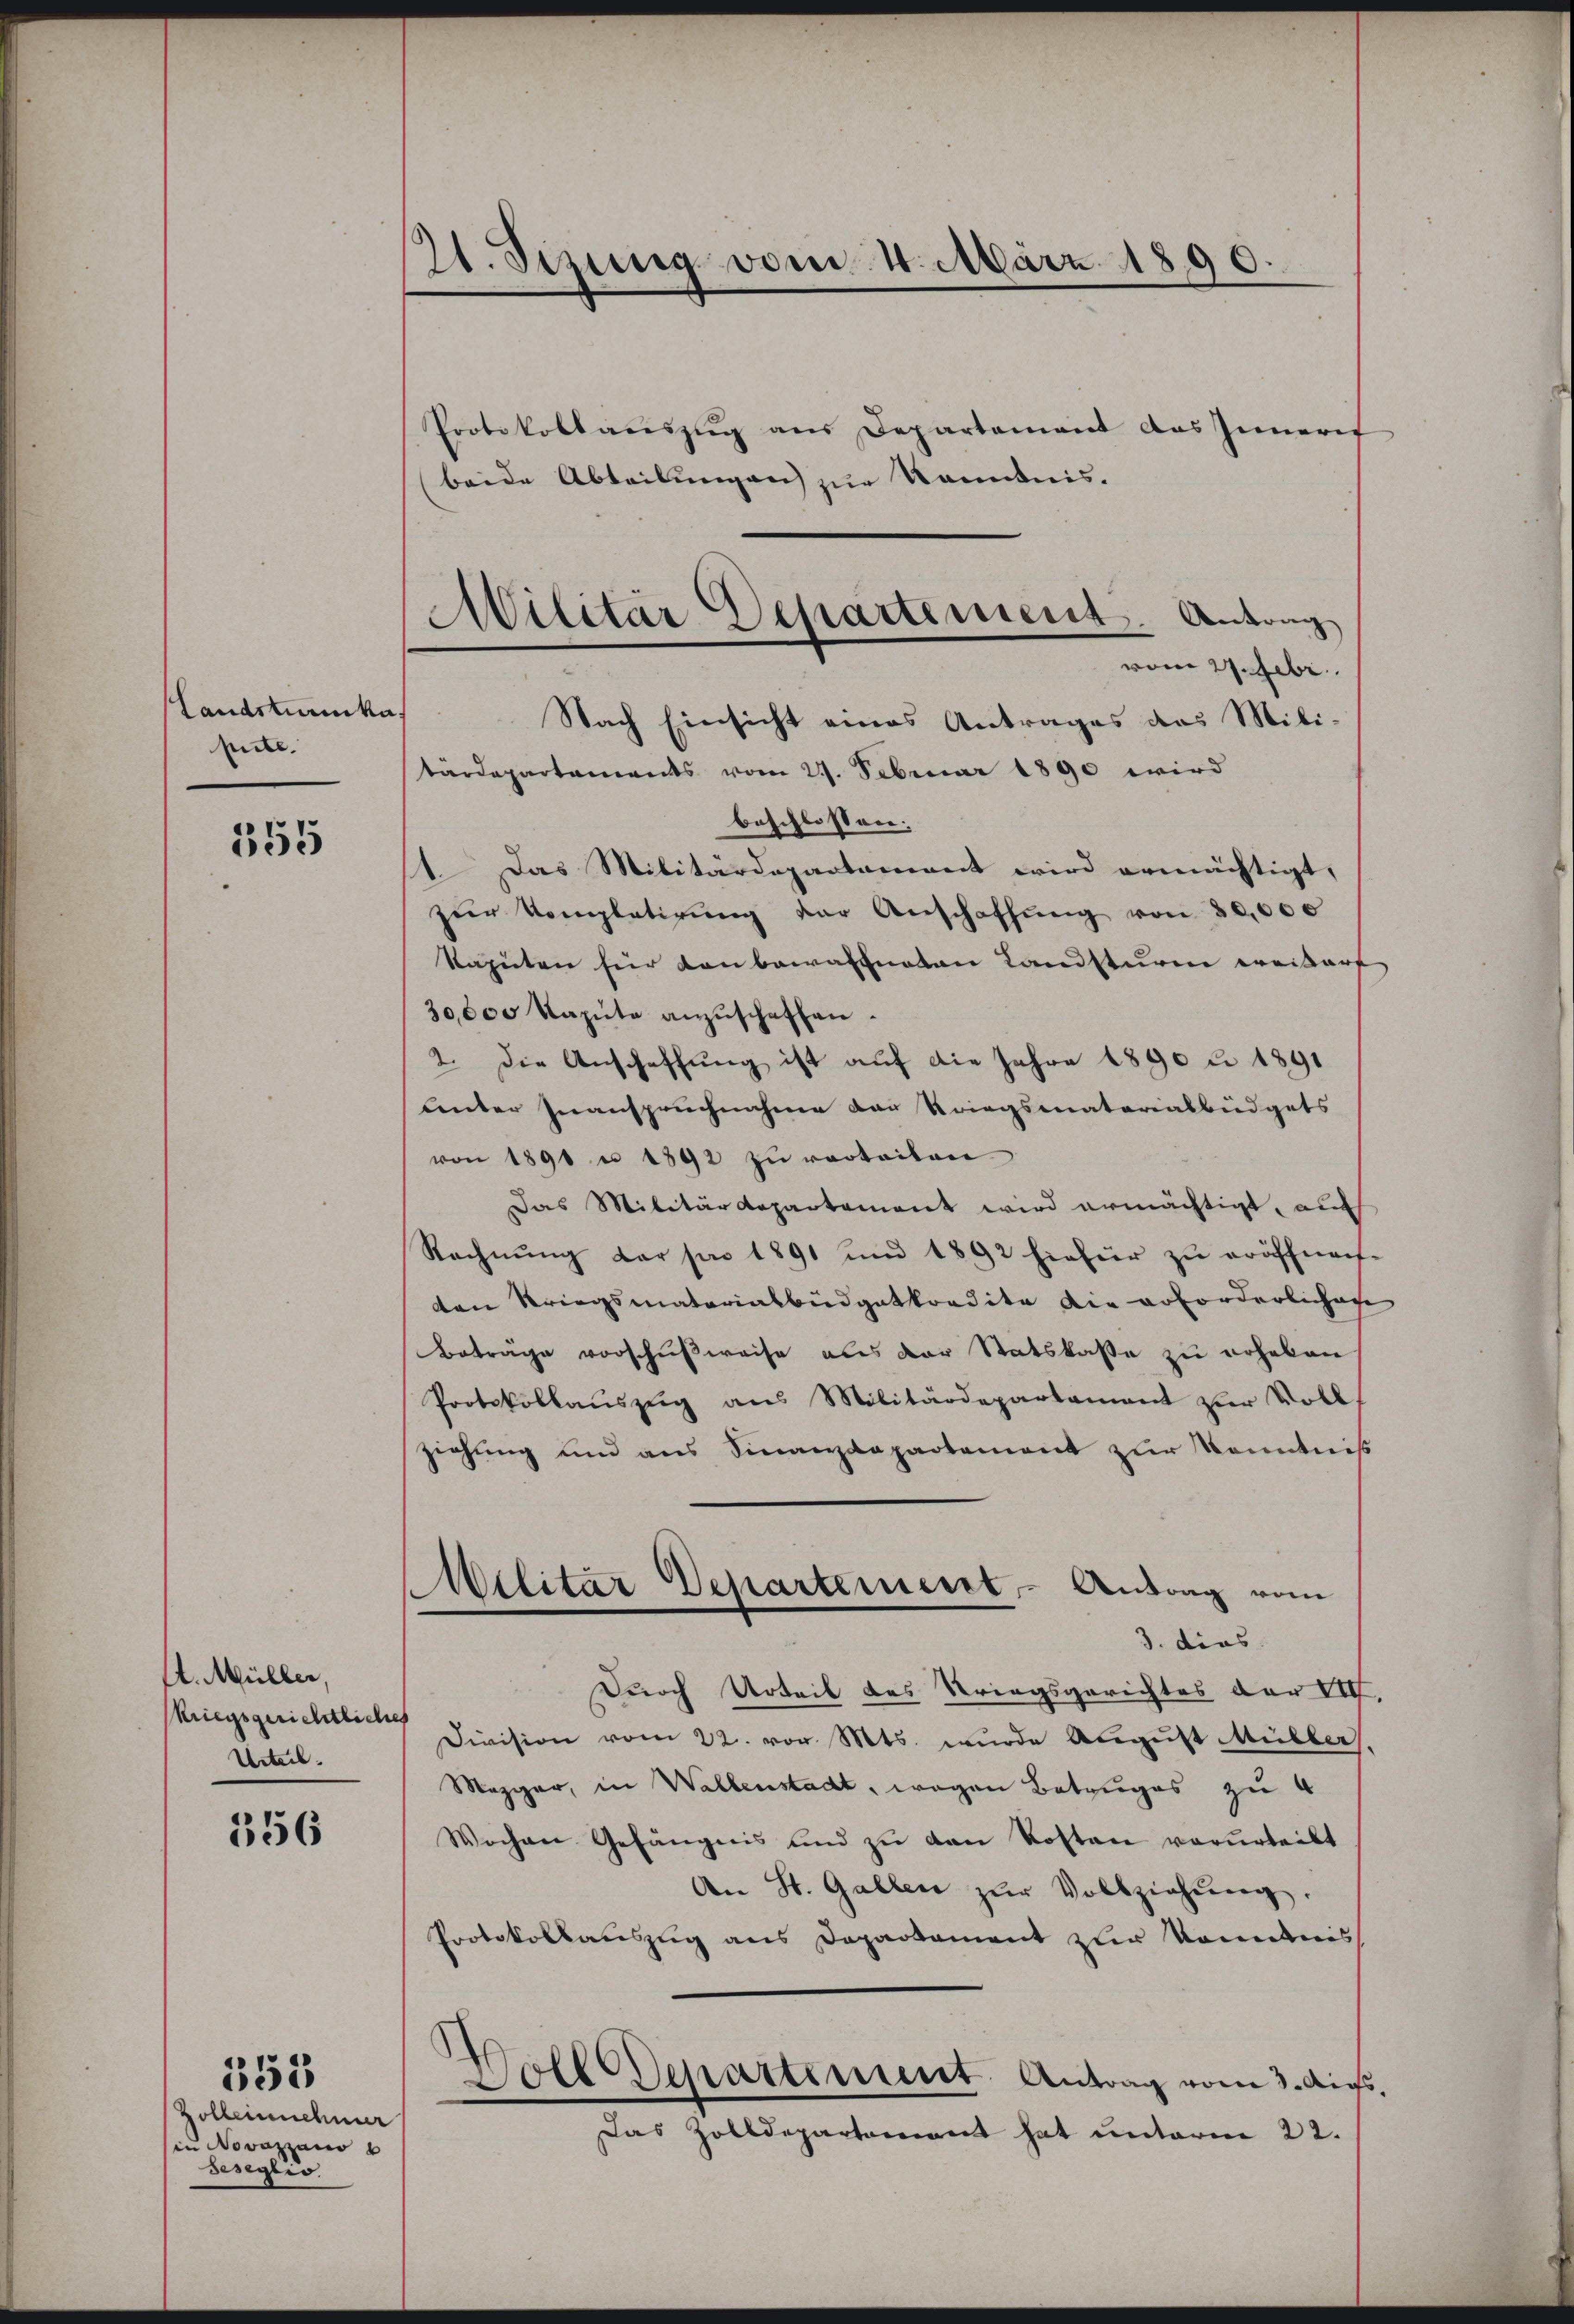
Landstanko
pute.

355

. Müller,
kriegsgerichtliche
Urteil.

356

Zolleinnehmer
in Novaziano
seseglio

355

21. Sezung vom 4. März 1890.

Militär Departement. Antrag
vom 27. Febr.
Nach Einsicht eines Antrages das Mili-

Protokollaŭszŭg aŭs Departement das Innere
beide Abteilungen zur Kenntnis.
tärdepartements vom 27. Februar 1890 wird
beschlossen:
1. Das Militärdepartament wird ermächtigt,
zier Kompletirŭng der Anschaffŭng von 30,000
kaputen für den bewaffneten Landsturen weisers
30,000 Kapite anzuscheffen.
2. Die Anschaffung ist auf die Jahre 1890 u. 1891
unter Inanspruchnahme der Striegsmaterialbüdgets
von 1891 u 1892 zŭ verteiten
Das Militärdepartement wird ermächtigt, auf
Rechnŭng der par 1891 und 1892 hiefür zu eröffnach-
ten Kriegsmatorialbüdgetkredite die erforderlichae
Beträge vorschußweise aus der Statskasse zu erheben
Protokollaŭszŭg ans Militärdepartament zur Voll
ziehung und aus Finanzdepartement zur Kenntniß
Militar Departement - Antrag vom
3. dies
Durch Urteil des Kriegsgerichtes der VIII
Division vom 22. vor. Mts. wurde August Müller.
Mezger, in Wallenstadt, wegen Betruges zu 4
Wochen Gefängnis und zu den Kosten verurteilt
An St. Gallen zŭr Vollziehŭng.
Protokollauszug aus Departement zur konntens
h
Soll Departement Antrag vom 3. Aus
Das Zolldepartement hat unterm 22.